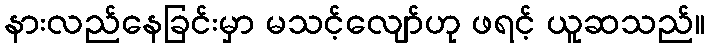
နားလည်နေခြင်းမှာ မသင့်လျော်ဟု ဖရင့် ယူဆသည်။